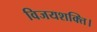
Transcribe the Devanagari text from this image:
विजयशक्ति।